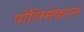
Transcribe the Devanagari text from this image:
पॉलिमेकान